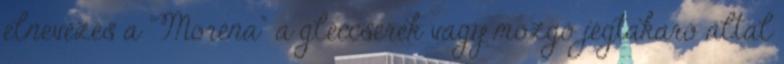
elnevezés a "Moréna" a gleccserek vagy mozgó jégtakaró által